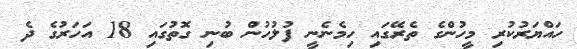
ހައްޔަރުކުރި މީހުންގެ ތެރޭގައި ހިމެނެނީ ފުލުހުން ބުނި ގޮތުގައި 18 އަހަރުގެ ދެ